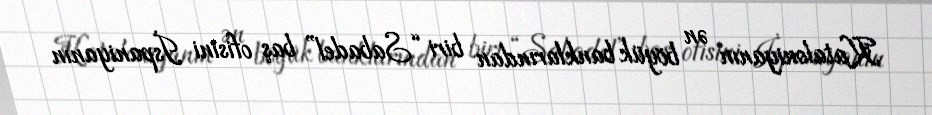
Kataloniyanın ən böyük banklarından biri “Sabadel” baş ofisini İspaniyanın